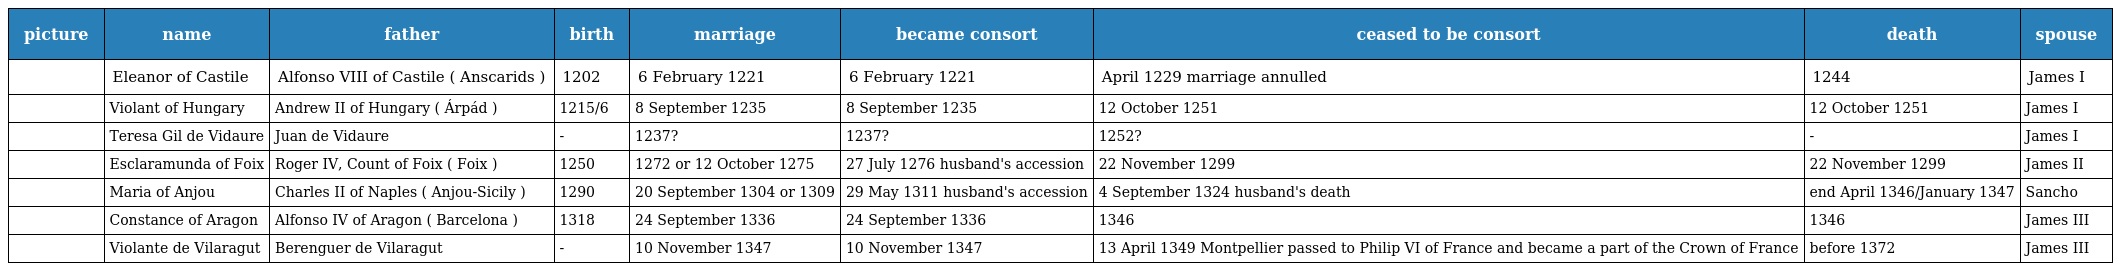
| picture | name | father | birth | marriage | became consort | ceased to be consort | death | spouse |
 | --- | --- | --- | --- | --- | --- | --- | --- | --- |
 |  | Eleanor of Castile | Alfonso VIII of Castile ( Anscarids ) | 1202 | 6 February 1221 | 6 February 1221 | April 1229 marriage annulled | 1244 | James I |
 |  | Violant of Hungary | Andrew II of Hungary ( Árpád ) | 1215/6 | 8 September 1235 | 8 September 1235 | 12 October 1251 | 12 October 1251 | James I |
 |  | Teresa Gil de Vidaure | Juan de Vidaure | - | 1237? | 1237? | 1252? | - | James I |
 |  | Esclaramunda of Foix | Roger IV, Count of Foix ( Foix ) | 1250 | 1272 or 12 October 1275 | 27 July 1276 husband's accession | 22 November 1299 | 22 November 1299 | James II |
 |  | Maria of Anjou | Charles II of Naples ( Anjou-Sicily ) | 1290 | 20 September 1304 or 1309 | 29 May 1311 husband's accession | 4 September 1324 husband's death | end April 1346/January 1347 | Sancho |
 |  | Constance of Aragon | Alfonso IV of Aragon ( Barcelona ) | 1318 | 24 September 1336 | 24 September 1336 | 1346 | 1346 | James III |
 |  | Violante de Vilaragut | Berenguer de Vilaragut | - | 10 November 1347 | 10 November 1347 | 13 April 1349 Montpellier passed to Philip VI of France and became a part of the Crown of France | before 1372 | James III |